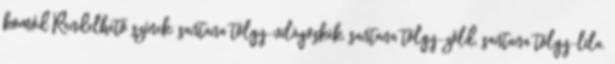
komód Rendelhető színek: santana tölgy-világoskék, santana tölgy-zöld, santana tölgy-lila.